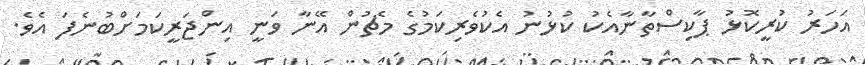
އަހަރު ކުރީކޮޅު ޕާކިސްތާނާއެކު ކުޅުނު އެކުވެރިކަމުގެ މެޗުން އޭނާ ވަނީ އިންޖަރީކަމަށްބުނެފަ އެވެ.